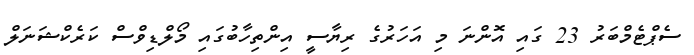
ސެޕްޓެމްބަރު 23 ގައި އޮންނަ މި އަހަރުގެ ރިޔާސީ އިންތިހާބުގައި މޯލްޑިވްސް ކަރެކްޝަނަލް